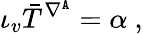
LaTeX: \iota_{v}\bar{T}^{\nabla^{\mathtt{A}}}=\alpha\ ,